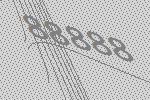
88888